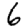
Digit: 6